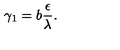
\gamma _ { 1 } = b \frac { \epsilon } { \lambda } .